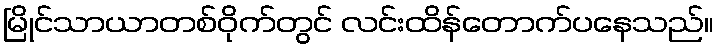
မြိုင်သာယာတစ်ဝိုက်တွင် လင်းထိန်တောက်ပနေသည်။